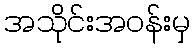
အသိုင်းအဝန်းမှ